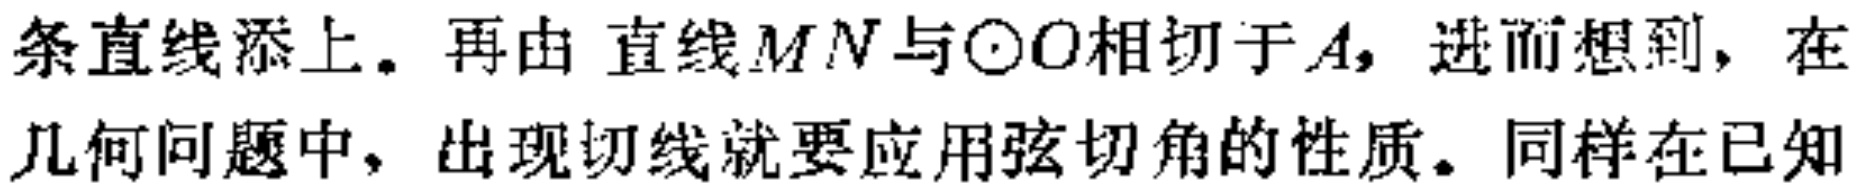
条直线添上。再由 直线$MN$与$\odot O$相切于$A$，进而想到，在几何问题中，出现切线就要应用弦切角的性质。同样在已知